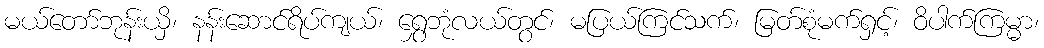
မယ်တော်ဘုန်းယှိ၊ နန်းဆောင်ရိပ်ကျယ်၊ ရွှေဘုံလယ်တွင်၊ မပြယ်ကြင်သက်၊ မြတ်စုံမက်ရှင့်၊ ဝိပါက်ကြမ္မာ၊